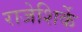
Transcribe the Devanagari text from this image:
राजेशिर्के